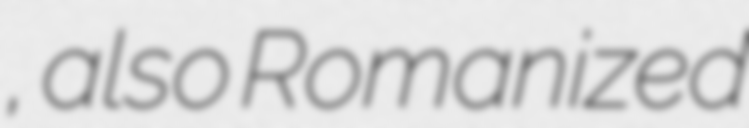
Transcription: شيلاب, also Romanized